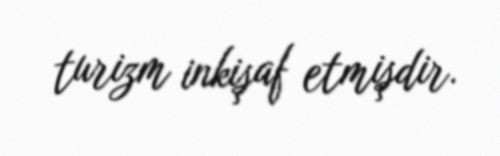
turizm inkişaf etmişdir.